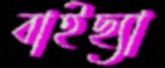
বাইছ্যা